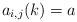
LaTeX: \begin{align*}a_{i,j}(k) = a\end{align*}